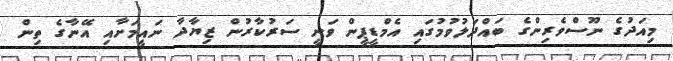
މިއަދުގެ ނޫސްވެރިންގެ ބައްދަލުވުމުގައި އެމްޑީޕީން ވަނީ ސަރުކާރުން ޒިޔާދާ ނައީމަށާއި އޭނާގެ ތިން